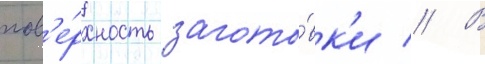
пов'е́рхность загото́вк'и // В